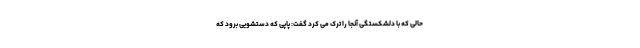
حالی که با دلشکستگی آنجا را ترک می کرد گفت: پاپی که دستشویی برود که